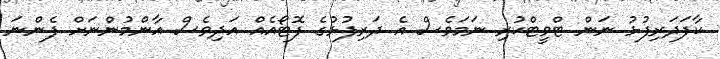
ކާފަދަރިފުޅު ނަން ޓްވީޓްކުރި ނަމަވެސް އެ ދަރިފުޅުގެ ފޮޓޯއެއް އަދިވެސް އާންމުންނަށް ފެންނަ